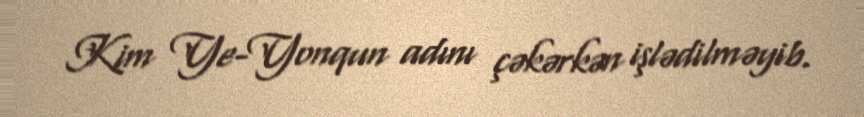
Kim Ye-Yonqun adını çəkərkən işlədilməyib.